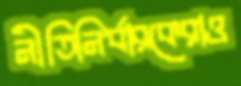
নীতিনির্ধারকেরাও